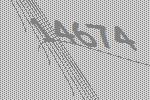
14674